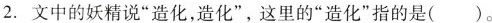
2.文中的妖精说“造化，造化”，这里的”造化”指的是( )。